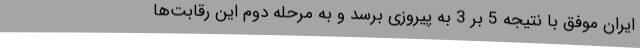
ایران موفق با نتیجه 5 بر 3 به پیروزی برسد و به مرحله دوم این رقابت‌ها